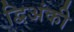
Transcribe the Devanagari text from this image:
द्विअंकी